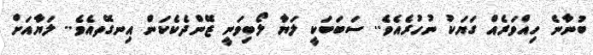
ބުނާނެ ހިއްވަރެއް ގަޔަކު ނުހުރެއެވެ.. ސަބަބަކީ ލަޔާ ލޯބިވަނީ ޒޭންދެކެކަން އިނގޭތއެވެ.. ލަޔާއަށް